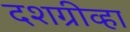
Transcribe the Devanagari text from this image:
दशग्रीव्हा